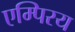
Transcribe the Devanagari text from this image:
एम्पिरय